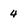
Character: 4